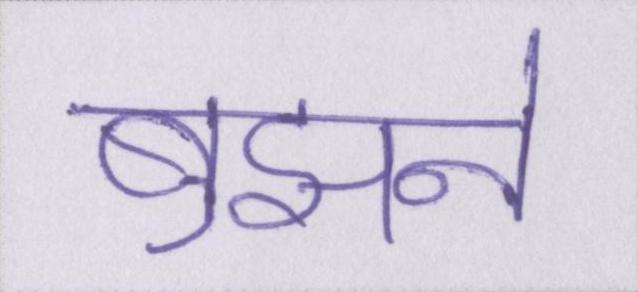
बुझने